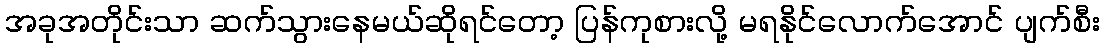
အခုအတိုင်းသာ ဆက်သွားနေမယ်ဆိုရင်တော့ ပြန်ကုစားလို့ မရနိုင်လောက်အောင် ပျက်စီး